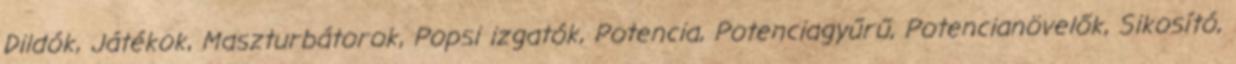
Dildók, Játékok, Maszturbátorok, Popsi izgatók, Potencia, Potenciagyűrű, Potencianövelők, Sikosító,